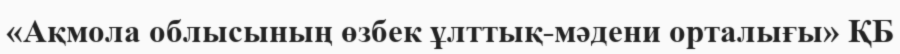
«Ақмола облысының өзбек ұлттық-мәдени орталығы» ҚБ